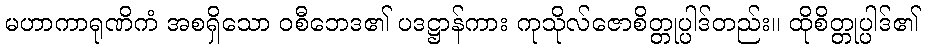
မဟာကာရုဏိကံ အစရှိသော ဝစီဘေဒ၏ ပဒဋ္ဌာန်ကား ကုသိုလ်ဇောစိတ္တုပ္ပါဒ်တည်း။ ထိုစိတ္တုပ္ပါဒ်၏